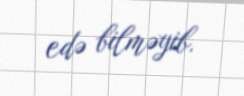
edə bilməyib.